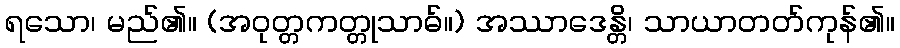
ရသော၊ မည်၏။ (အဝုတ္တကတ္တုသာဓ်။) အဿာဒေန္တိ၊ သာယာတတ်ကုန်၏။